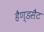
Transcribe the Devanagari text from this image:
हैण्डसैट